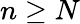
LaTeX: n\geq N